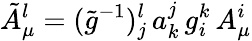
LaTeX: \tilde{A}_{\mu}^{l}=(\tilde{g}^{-1}){}_{j}^{l}\, a_{k}^{j}\, g_{i}^{k}\, A_{\mu}^{i}